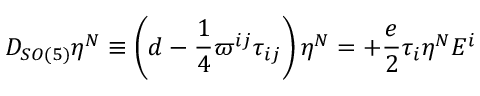
D _ { S O ( 5 ) } \eta ^ { N } \equiv \left( d - \frac { 1 } { 4 } \varpi ^ { i j } \tau _ { i j } \right) \eta ^ { N } = + \frac { e } { 2 } \tau _ { i } \eta ^ { N } E ^ { i }